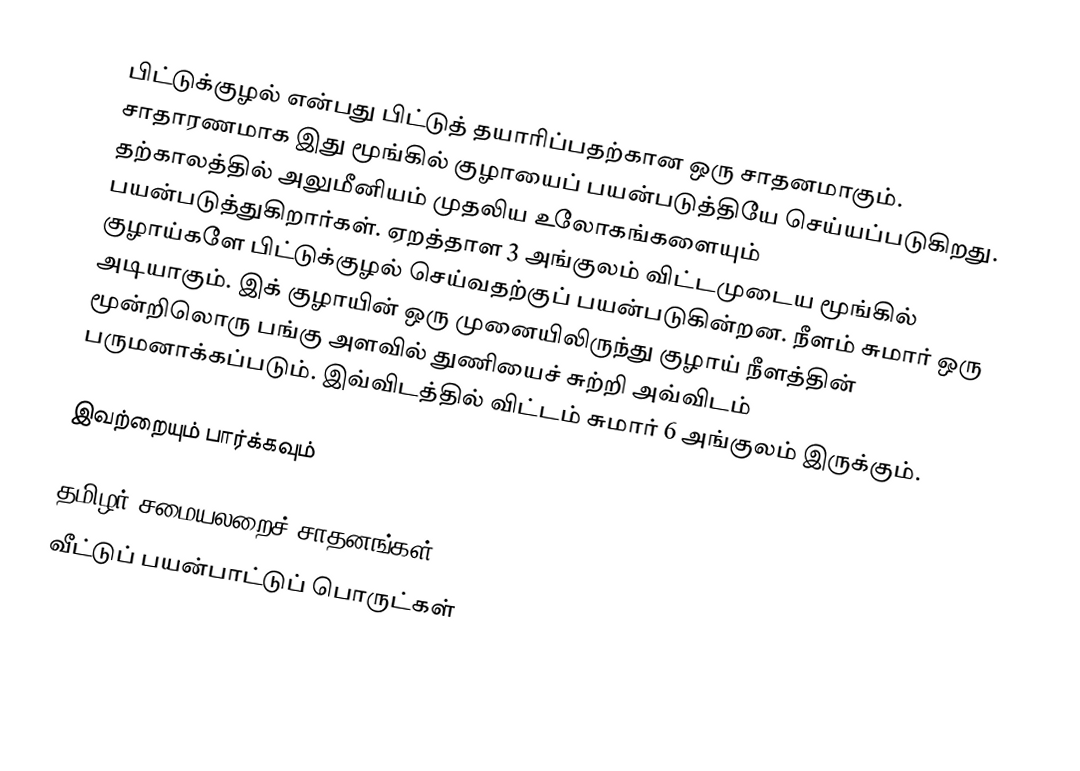
பிட்டுக்குழல் என்பது பிட்டுத் தயாரிப்பதற்கான ஒரு சாதனமாகும். சாதாரணமாக இது மூங்கில் குழாயைப் பயன்படுத்தியே செய்யப்படுகிறது. தற்காலத்தில் அலுமீனியம் முதலிய உலோகங்களையும் பயன்படுத்துகிறார்கள். ஏறத்தாள 3 அங்குலம் விட்டமுடைய மூங்கில் குழாய்களே பிட்டுக்குழல் செய்வதற்குப் பயன்படுகின்றன. நீளம் சுமார் ஒரு அடியாகும். இக் குழாயின் ஒரு முனையிலிருந்து குழாய் நீளத்தின் மூன்றிலொரு பங்கு அளவில் துணியைச் சுற்றி அவ்விடம் பருமனாக்கப்படும். இவ்விடத்தில் விட்டம் சுமார் 6 அங்குலம் இருக்கும்.

இவற்றையும் பார்க்கவும்

 தமிழர் சமையலறைச் சாதனங்கள்
வீட்டுப் பயன்பாட்டுப் பொருட்கள்